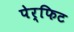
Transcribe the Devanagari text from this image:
पेर्फिट